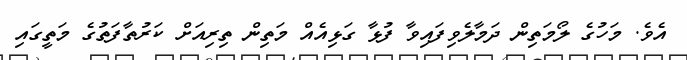
އެވެ. މަހުގެ ލޯމަތިން ދަމާލެވިފައިވާ ފުޅާ ގަޅިއެއް މަތިން ތިރިއަށް ކަރުތާފަތުގެ މަތީގައި